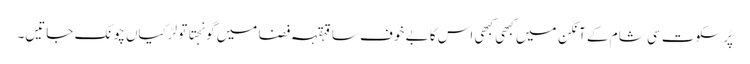
پُرسکوت سی شام کے آنگن میں کبھی کبھی اس کا بے خوف سا قہقہہ فضا میں گونجتا تو لڑکیاں چونک جاتیں۔